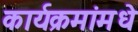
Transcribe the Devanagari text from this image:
कार्यक्रमांमधे